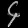
Digit: ၄